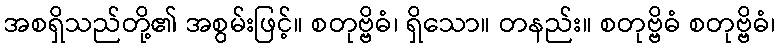
အစရှိသည်တို့၏ အစွမ်းဖြင့်။ စတုဗ္ဗိဓံ၊ ရှိသော။ တနည်း။ စတုဗ္ဗိဓံ စတုဗ္ဗိဓံ၊